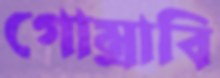
গোম্‌রাবি